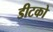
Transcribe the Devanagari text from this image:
डीटको